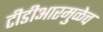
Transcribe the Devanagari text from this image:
टीडीआरमुळेच